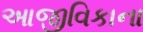
આજીવિકાના